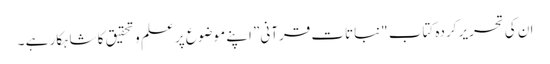
ان کی تحریر کردہ کتاب "نباتات قرآنی” اپنے موضوع پر علم و تحقیق کا شاہکار ہے ۔